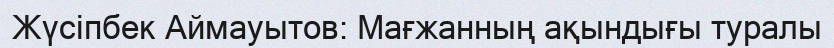
Жүсіпбек Аймауытов: Мағжанның ақындығы туралы